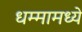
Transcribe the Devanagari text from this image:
धम्मामध्ये